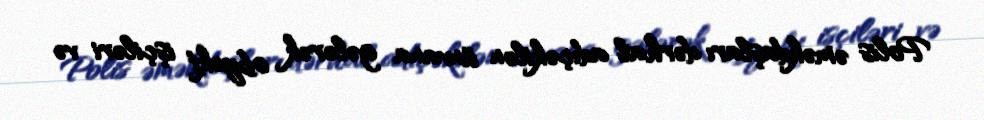
Polis əməkdaşları dərhal adıçəkilən ünvana gələrək obyekt işçiləri və